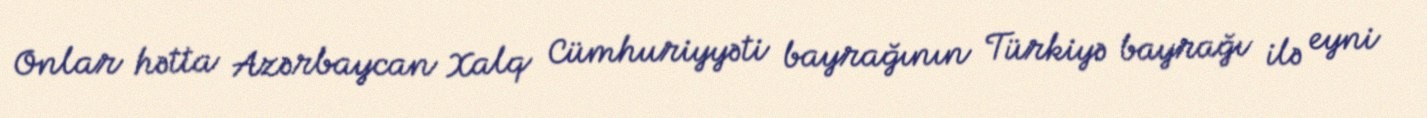
Onlar hətta Azərbaycan Xalq Cümhuriyyəti bayrağının Türkiyə bayrağı ilə eyni